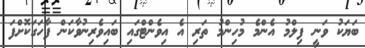
ބަޔަކު ވަނީ ފިލްމު އެންމެ މުހިންމު ތަރި އެ އިވެންޓްގައި ބައިވެރިނުވާކަން ފާހަގަކޮށްފަ